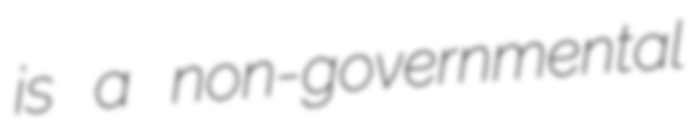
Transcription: is a non-governmental